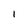
Character: 1